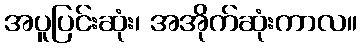
အပူပြင်းဆုံး၊ အအိုက်ဆုံးကာလ။